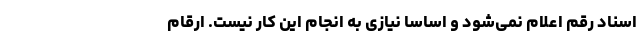
اسناد رقم اعلام نمی‌شود و اساسا نیازی به انجام این کار نیست. ارقام